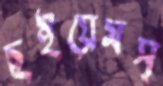
ছইয়েমস্